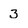
Character: 3